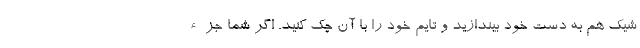
شیک هم به دست خود بیندازید و تایم خود را با آن چک کنید. اگر شما جزء